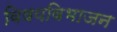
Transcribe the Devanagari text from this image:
विषयविभाजन